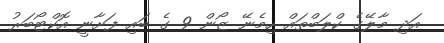
އަދި މާލޭގެ ކްލަބްތައް ހިމެނޭ ޒޯން 9 ގެ ބައި ފަށާނީ އޮކްޓޯބަރު